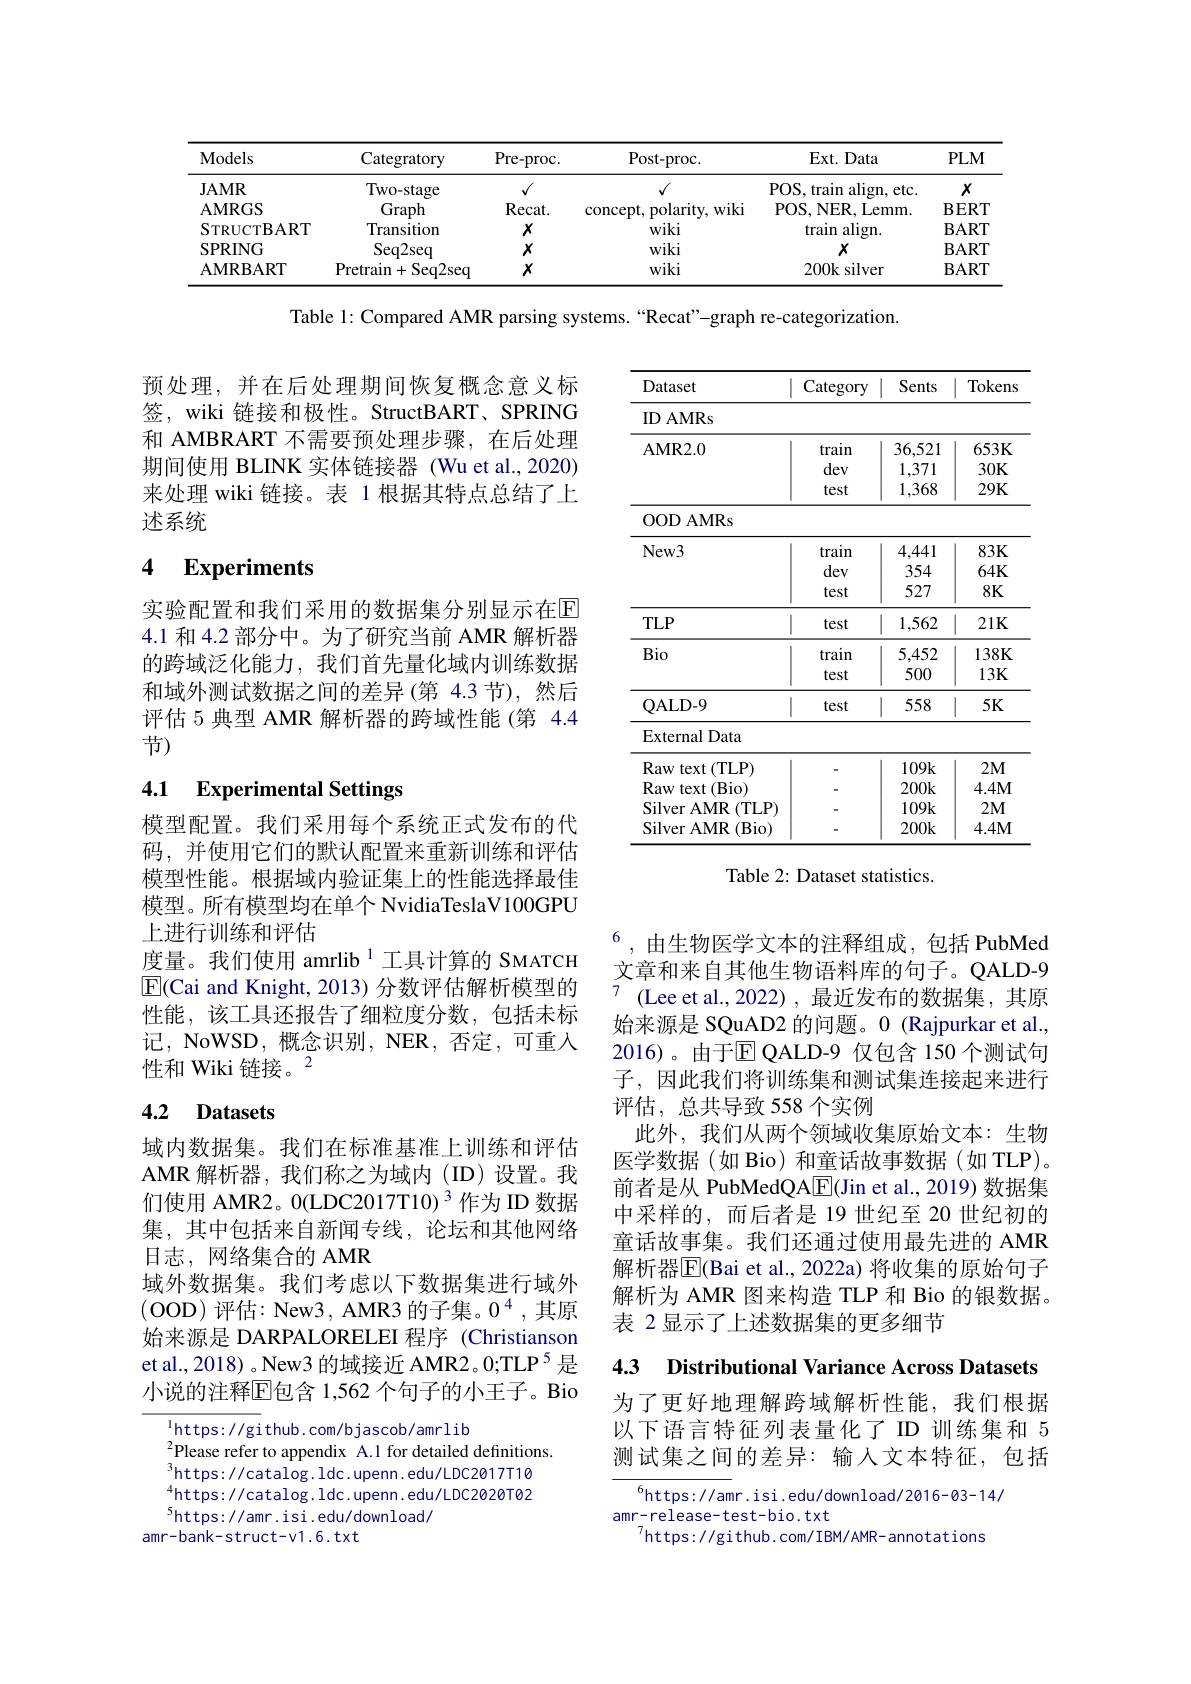
<table>
	<tbody>
		<tr>
			<th>Models</th>
			<th>Categratory</th>
			<th>Pre- proc.</th>
			<th>Post- proc.</th>
			<th>Ext. Data</th>
			<th>$PLM$</th>
		</tr>
		<tr>
			<td>$\mathbf{JAMR}$</td>
			<td>Two- stage</td>
			<td>$√$</td>
			<td> </td>
			<td>POS, train align, etc.</td>
			<td>$X$</td>
		</tr>
		<tr>
			<td>AMRGS</td>
			<td>Graph</td>
			<td>$\mathbf{Recat}.$</td>
			<td>concept, polarity, wiki</td>
			<td>POS, NER, Lemm. </td>
			<td>$\mathbf{BERT}$</td>
		</tr>
		<tr>
			<td>${\mathrm{STRUCTBART}}$</td>
			<td>Transition</td>
			<td>$X$</td>
			<td>wiki</td>
			<td>train align.</td>
			<td>$\mathbf{BART}$</td>
		</tr>
		<tr>
			<td>SPRING</td>
			<td>Seq2seq</td>
			<td>$X$</td>
			<td>wiki</td>
			<td>$X$</td>
			<td>$\mathbf{BART}$</td>
		</tr>
		<tr>
			<td>AMRBART</td>
			<td>Pretrain+ $\mathbf{F}$Seq2seq</td>
			<td>$X$</td>
			<td>wiki</td>
			<td>200k silver</td>
			<td>$\mathbf{BART}$</td>
		</tr>
	</tbody>
</table>

Table 1: Compared AMR parsing systems. “Recat"-graph re-categorization.

预处理，并在后处理期间恢复概念意义标签，wiki 链接和极性。StructBART、SPRING 和 AMBRART 不需要预处理步骤，在后处理期间使用 BLINK 实体链接器 (Wu et al.,2020) 来处理 wiki 链接。表 1 根据其特点总结了上述系统

## 4 Experiments

<table>
	<tbody>
		<tr>
			<th>Dataset</th>
			<th>Category</th>
			<th>Sents</th>
			<th>Tokens</th>
		</tr>
		<tr>
			<td>ID AMRs</td>
			<td> </td>
			<td> </td>
			<td> </td>
		</tr>
		<tr>
			<td>$\mathbf{AMR2.0}$</td>
			<td>train dev test</td>
			<td>36,521 1,371 1,368</td>
			<td>$653K$ $30K$ $29K$</td>
		</tr>
		<tr>
			<td>OODAMRs</td>
			<td> </td>
			<td> </td>
			<td> </td>
		</tr>
		<tr>
			<td>$New3$</td>
			<td>train dev test</td>
			<td>4,441 354 527</td>
			<td>$83K$ $64K$ $8K$</td>
		</tr>
		<tr>
			<td>$TLP$</td>
			<td>test</td>
			<td>1,562</td>
			<td>$21K$</td>
		</tr>
		<tr>
			<td>Bio</td>
			<td>train test</td>
			<td>5,452 500</td>
			<td>$138K$ $13K$</td>
		</tr>
		<tr>
			<td>QALD- 9</td>
			<td>test</td>
			<td>558</td>
			<td>$5K$</td>
		</tr>
		<tr>
			<td>External Data</td>
			<td> </td>
			<td> </td>
			<td> </td>
		</tr>
		<tr>
			<td>Raw text (TLP)</td>
			<td> </td>
			<td>109k</td>
			<td>$2M$</td>
		</tr>
		<tr>
			<td>Raw text (Bio)</td>
			<td> </td>
			<td>$200k$</td>
			<td>$4.4M$</td>
		</tr>
		<tr>
			<td>Silver AMR .(TLP)</td>
			<td> </td>
			<td>109k</td>
			<td>$2M$</td>
		</tr>
		<tr>
			<td>Silver AMR (Bio)</td>
			<td> </td>
			<td>200k</td>
			<td>$4.4M$</td>
		</tr>
	</tbody>
</table>

实验配置和我们采用的数据集分别显示在$\mathbb{E}$ 4.1 和 4.2 部分中。为了研究当前 AMR 解析器的跨域泛化能力，我们首先量化域内训练数据和域外测试数据之间的差异(第 4.3 节),然后评估 5 典型 AMR 解析器的跨域性能 (第 4.4节)

## 4.1 Experimental Settings

Table 2: Dataset statistics.

模型配置。我们采用每个系统正式发布的代码，并使用它们的默认配置来重新训练和评估模型性能。根据域内验证集上的性能选择最佳模型。所有模型均在单个 NvidiaTeslaV100GPU 上进行训练和评估
度量。我们使用 amrlib $^{1}$工具计算的 SMATCH $\boxed{\mathrm{E}}($Cai and Knight, 2013) 分数评估解析模型的性能，该工具还报告了细粒度分数，包括未标记，NoWSD, 概念识别，NER, 否定，可重人性和 Wiki 链接。2

### 4.2 Datasets

$^{6}$,由生物医学文本的注释组成，包括 PubMed 文章和来自其他生物语料库的句子。QALD-9
(Lee et al.,2022),最近发布的数据集，其原始来源是 SQuAD2 的问题。0 (Rajpurkar et al., 2016)。由于$\overline{\mathbb{E}}$ QALD-9 仅包含 150 个测试句子，因此我们将训练集和测试集连接起来进行评估，总共导致 558 个实例
此外，我们从两个领域收集原始文本：生物医学数据(如 Bio) 和童话故事数据(如 TLP)。前者是从 PubMedQA$\boxed{\mathrm{E}}($Jin et al., 2019) 数据集中采样的，而后者是 19 世纪至 20 世纪初的童话故事集。我们还通过使用最先进的 AMR 解析器$\overline{\mathbb{E}}($Bai et al., 2022a) 将收集的原始句子解析为 AMR 图来构造 TLP 和 Bio 的银数据。表 2 显示了上述数据集的更多细节

域内数据集。我们在标准基准上训练和评估AMR 解析器，我们称之为域内(ID)设置。我们使用 AMR2。0(LDC2017T10)$^{3}$作为 ID 数据集，其中包括来自新闻专线，论坛和其他网络日志，网络集合的 AMR
域外数据集。我们考虑以下数据集进行域外(OOD) 评估：New3, AMR3 的子集。$0^4$,其原始来源是 DARPALORELEI 程序 (Christianson et al., 2018) 。New3 的域接近 AMR2。0;TLP$^{5}$是小说的注释E包含 1,562 个句子的小王子。Bio

4.3 Distributional Variance Across Datasets

为了更好地理解跨域解析性能，我们根据以下语言特征列表量化了 ID 训练集和 5测试集之间的差异：输入文本特征，包括

$^{\mathrm{l}}$https://github.com/bjascob/amrlib
${}^{2}$Please refer to appendix A.1 for detailed definitions.
$^{3}$https://catalog. ldc. upenn. edu/LDC2017T10 $^{4}$https://catalog.ldc.upenn.edu/LDC2020T02 $^{5}$https://amr.isi.edu/download/
amr-bank-struct-v1.6.txt

$^{6}$https://amr.isi.edu/download/2016-03-14/
amr-release-test-bio.txt
$^{7}$https: //github. com/ IBM/ AMR- annotations